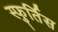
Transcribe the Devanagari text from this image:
स्फुर्तिस